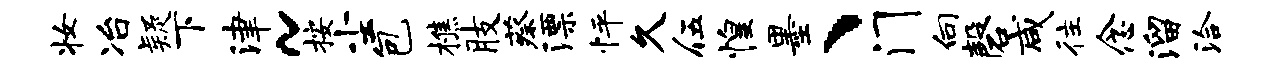
妆冶疑下津~按尘包樵肢蔡漂怦久伍惶墨、门向磬咸往念溜洽